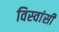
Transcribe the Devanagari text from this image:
विस्‍वांसी